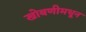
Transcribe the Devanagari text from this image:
खोबणीमधून